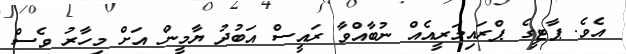
އެވެ. ޕާޓީގެ ޕްރައިމަރީއެއް ނުބާއްވާ ރައީސް އަބުދު ޔާމީން އަށް މިހާރު ވެސް